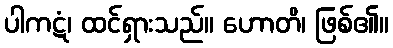
ပါကဋံ၊ ထင်ရှားသည်။ ဟောတိ၊ ဖြစ်၏။